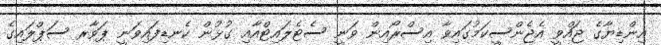
އިންޑިޔާގެ ޖައްވީ އެޖެންސީކަމުގައިވާ އިސްރޯއިން ވަނީ ސެޓެލައިޓްއާއި ގުޅުން ކެނޑިފައިވަނީ ޕަވާރ ސަޕްލައިގެ